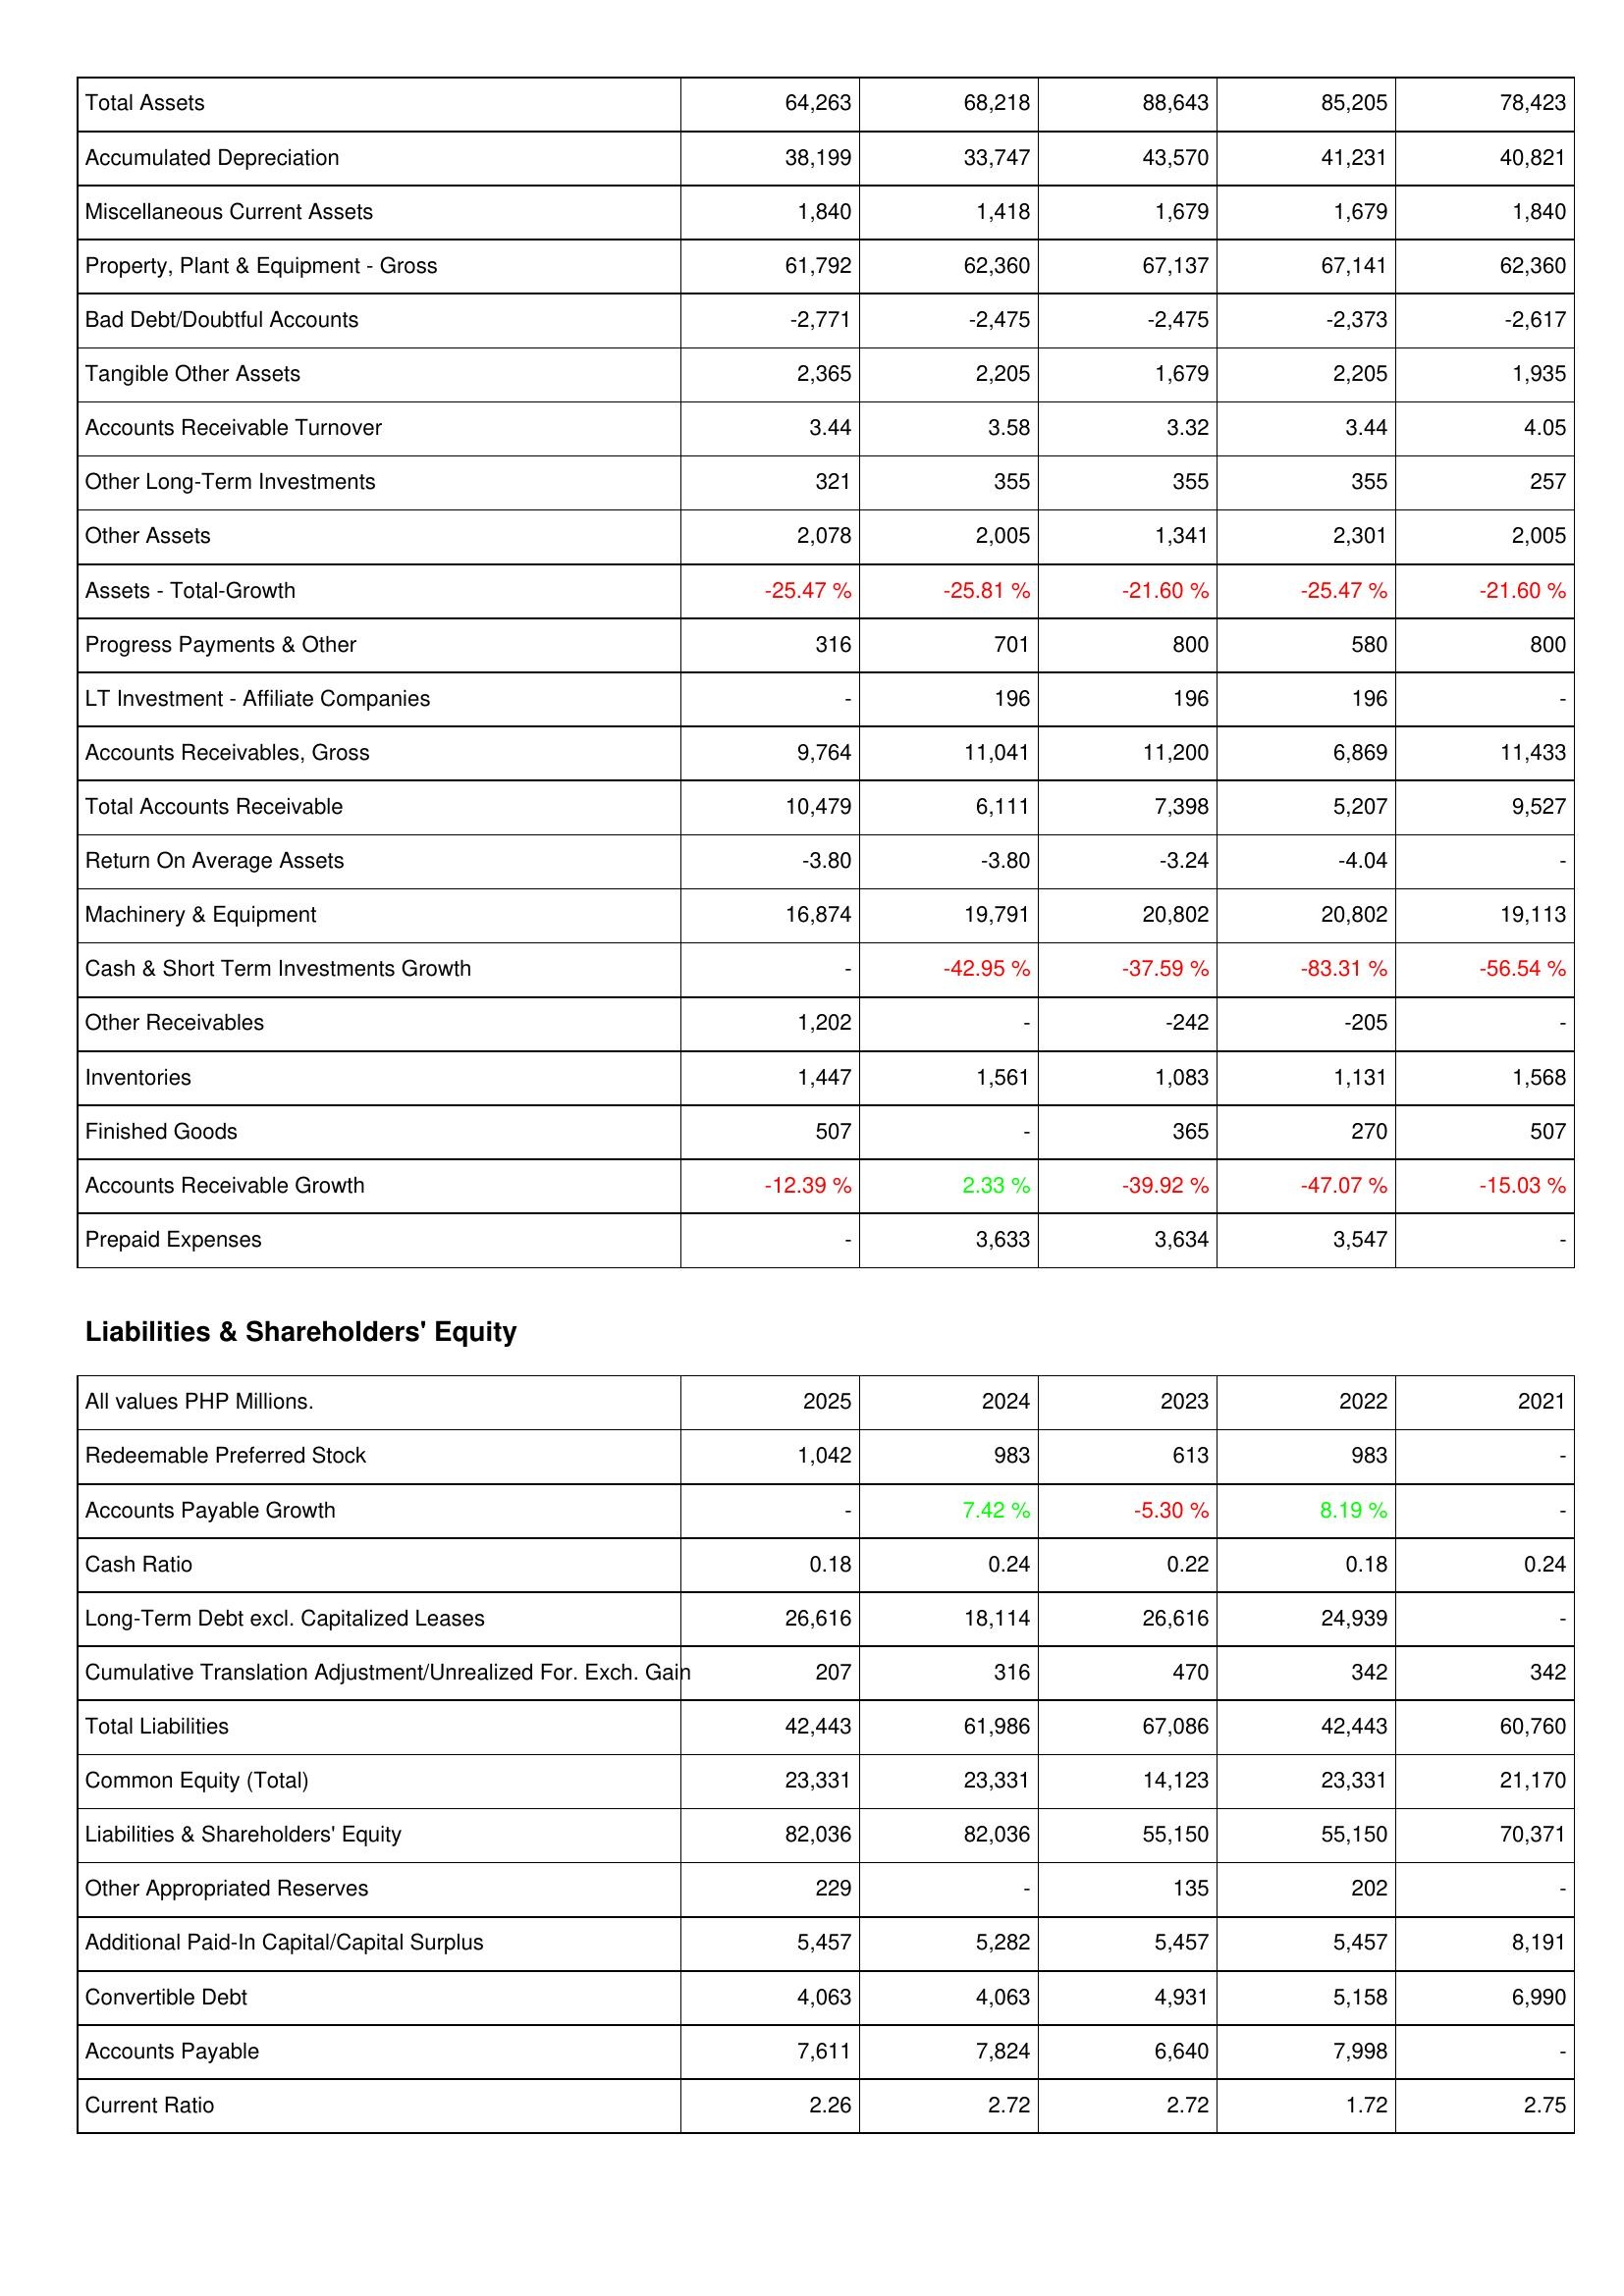
2025: Assets: Total Assets: 64,263
Accumulated Depreciation: 38,199
Miscellaneous Current Assets: 1,840
Property, Plant & Equipment - Gross: 61,792
Bad Debt/Doubtful Accounts: -2,771
Tangible Other Assets: 2,365
Accounts Receivable Turnover: 3.44
Other Long-Term Investments: 321
Other Assets: 2,078
Assets - Total-Growth: -25.47 %
Progress Payments & Other: 316
LT Investment - Affiliate Companies: -
Accounts Receivables, Gross: 9,764
Total Accounts Receivable: 10,479
Return On Average Assets: -3.80
Machinery & Equipment: 16,874
Cash & Short Term Investments Growth: -
Other Receivables: 1,202
Inventories: 1,447
Finished Goods: 507
Accounts Receivable Growth: -12.39 %
Prepaid Expenses: -
Liabilities & Shareholders' Equity: Redeemable Preferred Stock: 1,042
Accounts Payable Growth: -
Cash Ratio: 0.18
Long-Term Debt excl. Capitalized Leases: 26,616
Cumulative Translation Adjustment/Unrealized For. Exch. Gain: 207
Total Liabilities: 42,443
Common Equity (Total): 23,331
Liabilities & Shareholders' Equity: 82,036
Other Appropriated Reserves: 229
Additional Paid-In Capital/Capital Surplus: 5,457
Convertible Debt: 4,063
Accounts Payable: 7,611
Current Ratio: 2.26
2024: Assets: Total Assets: 68,218
Accumulated Depreciation: 33,747
Miscellaneous Current Assets: 1,418
Property, Plant & Equipment - Gross: 62,360
Bad Debt/Doubtful Accounts: -2,475
Tangible Other Assets: 2,205
Accounts Receivable Turnover: 3.58
Other Long-Term Investments: 355
Other Assets: 2,005
Assets - Total-Growth: -25.81 %
Progress Payments & Other: 701
LT Investment - Affiliate Companies: 196
Accounts Receivables, Gross: 11,041
Total Accounts Receivable: 6,111
Return On Average Assets: -3.80
Machinery & Equipment: 19,791
Cash & Short Term Investments Growth: -42.95 %
Other Receivables: -
Inventories: 1,561
Finished Goods: -
Accounts Receivable Growth: 2.33 %
Prepaid Expenses: 3,633
Liabilities & Shareholders' Equity: Redeemable Preferred Stock: 983
Accounts Payable Growth: 7.42 %
Cash Ratio: 0.24
Long-Term Debt excl. Capitalized Leases: 18,114
Cumulative Translation Adjustment/Unrealized For. Exch. Gain: 316
Total Liabilities: 61,986
Common Equity (Total): 23,331
Liabilities & Shareholders' Equity: 82,036
Other Appropriated Reserves: -
Additional Paid-In Capital/Capital Surplus: 5,282
Convertible Debt: 4,063
Accounts Payable: 7,824
Current Ratio: 2.72
2023: Assets: Total Assets: 88,643
Accumulated Depreciation: 43,570
Miscellaneous Current Assets: 1,679
Property, Plant & Equipment - Gross: 67,137
Bad Debt/Doubtful Accounts: -2,475
Tangible Other Assets: 1,679
Accounts Receivable Turnover: 3.32
Other Long-Term Investments: 355
Other Assets: 1,341
Assets - Total-Growth: -21.60 %
Progress Payments & Other: 800
LT Investment - Affiliate Companies: 196
Accounts Receivables, Gross: 11,200
Total Accounts Receivable: 7,398
Return On Average Assets: -3.24
Machinery & Equipment: 20,802
Cash & Short Term Investments Growth: -37.59 %
Other Receivables: -242
Inventories: 1,083
Finished Goods: 365
Accounts Receivable Growth: -39.92 %
Prepaid Expenses: 3,634
Liabilities & Shareholders' Equity: Redeemable Preferred Stock: 613
Accounts Payable Growth: -5.30 %
Cash Ratio: 0.22
Long-Term Debt excl. Capitalized Leases: 26,616
Cumulative Translation Adjustment/Unrealized For. Exch. Gain: 470
Total Liabilities: 67,086
Common Equity (Total): 14,123
Liabilities & Shareholders' Equity: 55,150
Other Appropriated Reserves: 135
Additional Paid-In Capital/Capital Surplus: 5,457
Convertible Debt: 4,931
Accounts Payable: 6,640
Current Ratio: 2.72
2022: Assets: Total Assets: 85,205
Accumulated Depreciation: 41,231
Miscellaneous Current Assets: 1,679
Property, Plant & Equipment - Gross: 67,141
Bad Debt/Doubtful Accounts: -2,373
Tangible Other Assets: 2,205
Accounts Receivable Turnover: 3.44
Other Long-Term Investments: 355
Other Assets: 2,301
Assets - Total-Growth: -25.47 %
Progress Payments & Other: 580
LT Investment - Affiliate Companies: 196
Accounts Receivables, Gross: 6,869
Total Accounts Receivable: 5,207
Return On Average Assets: -4.04
Machinery & Equipment: 20,802
Cash & Short Term Investments Growth: -83.31 %
Other Receivables: -205
Inventories: 1,131
Finished Goods: 270
Accounts Receivable Growth: -47.07 %
Prepaid Expenses: 3,547
Liabilities & Shareholders' Equity: Redeemable Preferred Stock: 983
Accounts Payable Growth: 8.19 %
Cash Ratio: 0.18
Long-Term Debt excl. Capitalized Leases: 24,939
Cumulative Translation Adjustment/Unrealized For. Exch. Gain: 342
Total Liabilities: 42,443
Common Equity (Total): 23,331
Liabilities & Shareholders' Equity: 55,150
Other Appropriated Reserves: 202
Additional Paid-In Capital/Capital Surplus: 5,457
Convertible Debt: 5,158
Accounts Payable: 7,998
Current Ratio: 1.72
2021: Assets: Total Assets: 78,423
Accumulated Depreciation: 40,821
Miscellaneous Current Assets: 1,840
Property, Plant & Equipment - Gross: 62,360
Bad Debt/Doubtful Accounts: -2,617
Tangible Other Assets: 1,935
Accounts Receivable Turnover: 4.05
Other Long-Term Investments: 257
Other Assets: 2,005
Assets - Total-Growth: -21.60 %
Progress Payments & Other: 800
LT Investment - Affiliate Companies: -
Accounts Receivables, Gross: 11,433
Total Accounts Receivable: 9,527
Return On Average Assets: -
Machinery & Equipment: 19,113
Cash & Short Term Investments Growth: -56.54 %
Other Receivables: -
Inventories: 1,568
Finished Goods: 507
Accounts Receivable Growth: -15.03 %
Prepaid Expenses: -
Liabilities & Shareholders' Equity: Redeemable Preferred Stock: -
Accounts Payable Growth: -
Cash Ratio: 0.24
Long-Term Debt excl. Capitalized Leases: -
Cumulative Translation Adjustment/Unrealized For. Exch. Gain: 342
Total Liabilities: 60,760
Common Equity (Total): 21,170
Liabilities & Shareholders' Equity: 70,371
Other Appropriated Reserves: -
Additional Paid-In Capital/Capital Surplus: 8,191
Convertible Debt: 6,990
Accounts Payable: -
Current Ratio: 2.75